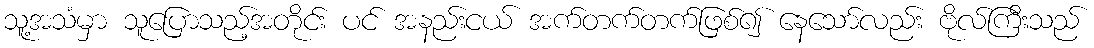
သူ့အသံမှာ သူပြောသည့်အတိုင်း ပင် အနည်းငယ် အက်တက်တက်ဖြစ်၍ နေသော်လည်း ဗိုလ်ကြီးသည်